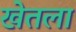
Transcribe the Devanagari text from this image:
खेतला